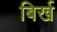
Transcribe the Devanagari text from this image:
बिर्ख